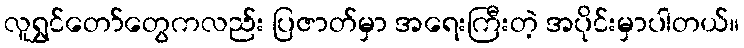
လူရွှင်တော်တွေကလည်း ပြဇာတ်မှာ အရေးကြီးတဲ့ အပိုင်းမှာပါတယ်။